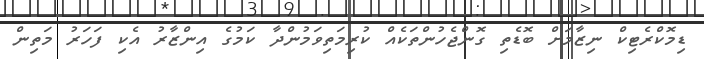
ޑިމޮކްރެޓިކް ނިޒާމަށް ބޮޑެތި ގޮންޖެހުންތަކެއް ކުރިމަތިވަމުންދާ ކަމުގެ އިންޒާރު އެކި ފަހަރު މަތިން